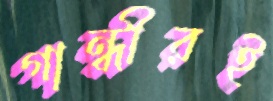
গান্ধীরই